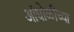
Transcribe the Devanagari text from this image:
आंधोळीच्या